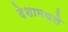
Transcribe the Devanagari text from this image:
देशामधले